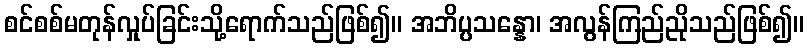
စင်စစ်မတုန်လှုပ်ခြင်းသို့ရောက်သည်ဖြစ်၍။ အဘိပ္ပသန္နော၊ အလွန်ကြည်ညိုသည်ဖြစ်၍။